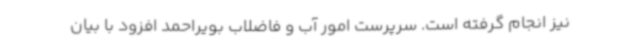
نیز انجام گرفته است. سرپرست امور آب و فاضلاب بویراحمد افزود با بیان